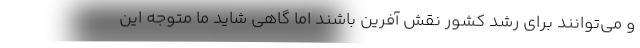
و می‌توانند برای رشد کشور نقش آفرین باشند اما گاهی شاید ما متوجه این